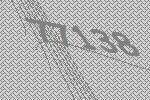
77138